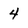
Character: 4